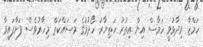
ހަމްޒާ ވިދާޅުވީ ހަމާސް އިން އިތުރު ހަތިޔާރު ހޯދުމުގެ މަސައްކަތް މިހާރުވެސް ފަށާފައިވާ